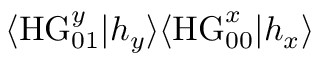
\langle \mathrm { H G } _ { 0 1 } ^ { y } | h _ { y } \rangle \langle \mathrm { H G } _ { 0 0 } ^ { x } | h _ { x } \rangle